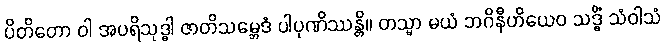
ပိတိတော ဝါ အပရိသုဒ္ဓါ ဇာတိသမ္ဘေဒံ ပါပုဏိဿန္တိ။ တသ္မာ မယံ ဘဂိနီဟိယေဝ သဒ္ဓိံ သံဝါသံ